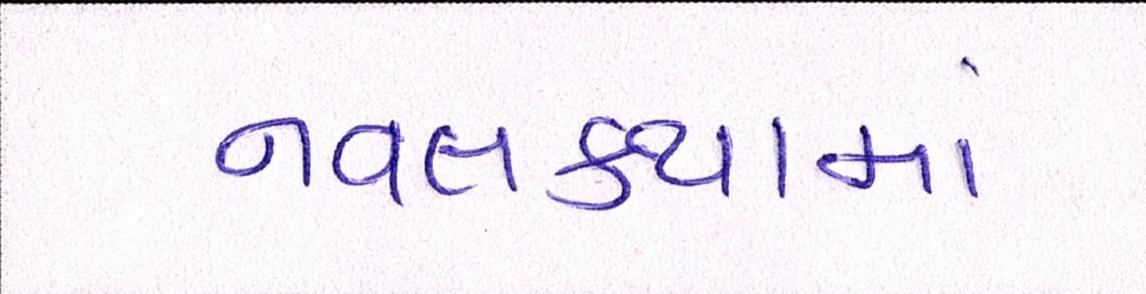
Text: નવલકથામાં